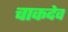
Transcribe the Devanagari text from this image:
चाकदेव